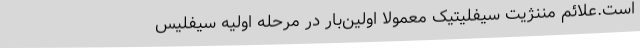
است.علائم مننژیت سیفلیتیک معمولاً اولین‌بار در مرحله اولیه سیفلیس